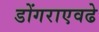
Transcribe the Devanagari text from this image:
डोंगराएवढे